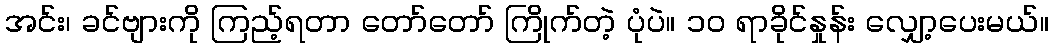
အင်း၊ ခင်ဗျားကို ကြည့်ရတာ တော်တော် ကြိုက်တဲ့ ပုံပဲ။ ၁၀ ရာခိုင်နှုန်း လျှော့ပေးမယ်။